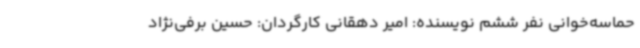
حماسه‌خوانی نفر ششم نویسنده: امیر دهقانی کارگردان: حسین برفی‌نژاد